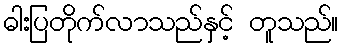
ဓါးပြတိုက်လာသည်နှင့် တူသည်။